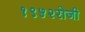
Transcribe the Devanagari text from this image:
१९५२रोजी